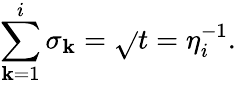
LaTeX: \sum_{\mathbf{k}=1}^{i}{\sigma_{\mathbf{k}}=\sqrt{}{t}=\eta_{i}^{-1}}.